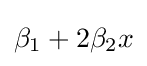
\beta _{1}+2\beta _{2}x